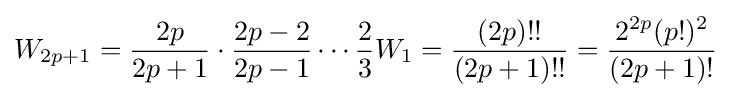
W_{2p+1}={\frac {2p}{2p+1}}\cdot {\frac {2p-2}{2p-1}}\cdots {\frac {2}{3}}W_{1}={\frac {(2p)!!}{(2p+1)!!}}={\frac {2^{2p}(p!)^{2}}{(2p+1)!}}